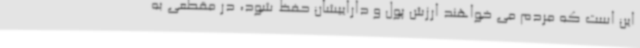
این است که مردم می خواهند ارزش پول و داراییشان حفظ شود، در مقطعی به